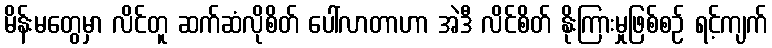
မိန်းမတွေမှာ လိင်တူ ဆက်ဆံလိုစိတ် ပေါ်လာတာဟာ အဲဒီ လိင်စိတ် နိုးကြားမှုဖြစ်စဉ် ရင့်ကျက်